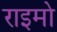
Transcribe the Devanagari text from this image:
राइमो